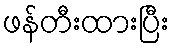
ဖန်တီးထားပြီး